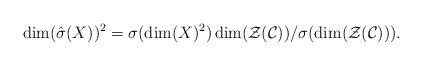
LaTeX: \begin{align*}\dim(\hat{\sigma}(X))^2=\sigma(\dim(X)^2)\dim(\mathcal{Z}(\mathcal{C}))/\sigma(\dim(\mathcal{Z}(\mathcal{C}))).\end{align*}